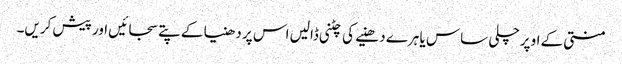
منتی کے اوپر چلی ساس یا ہرے دھنیے کی چٹنی ڈالیں اس پر دھنیا کے پتے سجائیں اور پیش کریں۔